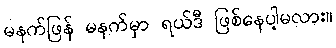
မနက်ဖြန် မနက်မှာ ရယ်ဒီ ဖြစ်နေပါ့မလား။